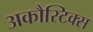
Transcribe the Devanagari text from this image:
अकौस्टिक्स